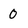
Character: 0